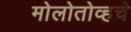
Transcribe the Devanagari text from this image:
मोलोतोव्हचे